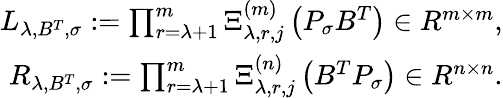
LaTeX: \begin{array}{r}{L_{\lambda,B^{T},\sigma}:=\prod_{r=\lambda+1}^{m}\Xi_{\lambda,r,j}^{(m)}\left(P_{\sigma}B^{T}\right)\in R^{m\times m},}\\ {R_{\lambda,B^{T},\sigma}:=\prod_{r=\lambda+1}^{m}\Xi_{\lambda,r,j}^{(n)}\left(B^{T}P_{\sigma}\right)\in R^{n\times n}.}\end{array}